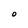
Character: O